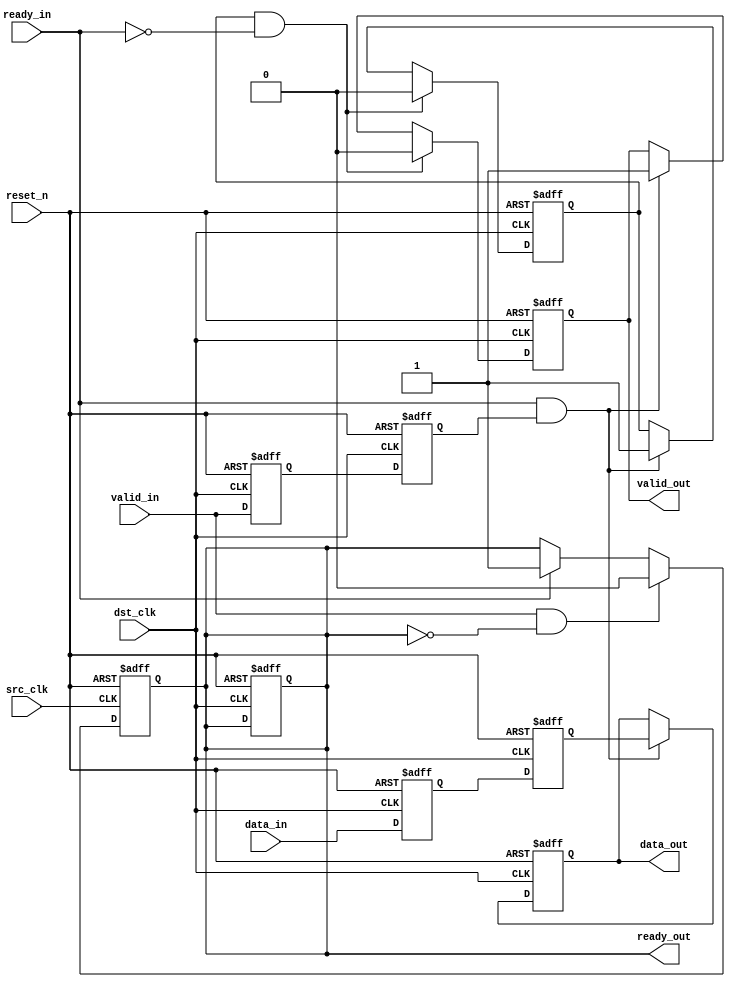
module MemoryBlocksPipelineSynchronizer #(
    parameter DATA_WIDTH = 32,
    parameter NUM_STAGES = 2
)(
    input wire                  src_clk,         // Source Clock
    input wire                  dst_clk,         // Destination Clock
    input wire                  reset_n,         // Active low asynchronous reset
    input wire [DATA_WIDTH-1:0] data_in,        // Data input
    input wire                  valid_in,        // Valid signal from source clock domain
    output reg [DATA_WIDTH-1:0] data_out,       // Synchronized data output
    output reg                  valid_out,       // Valid output signal
    input wire                  ready_in,        // Ready signal from destination clock domain
    output reg                  ready_out        // Ready signal to source clock
);

// Internal signals
reg [DATA_WIDTH-1:0] sync_data [0:NUM_STAGES-1];
reg valid_sync [0:NUM_STAGES-1];
reg new_data_flag;

// Pipeline synchronizers
genvar i;
generate
    for (i = 0; i < NUM_STAGES; i = i + 1) begin : sync_stage
        always @(posedge dst_clk or negedge reset_n) begin
            if (!reset_n) begin
                sync_data[i] <= {DATA_WIDTH{1'b0}};
                valid_sync[i] <= 1'b0;
            end else begin
                if (i == 0) begin
                    // First stage synchronizing from source to destination
                    sync_data[i] <= data_in;
                    valid_sync[i] <= valid_in;
                end else begin
                    // Subsequent stages only propagate the previous stage
                    sync_data[i] <= sync_data[i-1];
                    valid_sync[i] <= valid_sync[i-1];
                end
            end
        end
    end
endgenerate

// Output logic
always @(posedge dst_clk or negedge reset_n) begin
    if (!reset_n) begin
        data_out <= {DATA_WIDTH{1'b0}};
        valid_out <= 1'b0;
        ready_out <= 1'b0;
        new_data_flag <= 1'b0;
    end else begin
        if (ready_in && valid_sync[NUM_STAGES-1]) begin
            data_out <= sync_data[NUM_STAGES-1]; // Get the data from the last stage
            valid_out <= 1'b1; // Indicate that data is valid
            new_data_flag <= 1'b1;
        end
        
        // If data has been consumed, prepare to receive new data
        if (new_data_flag && !ready_in) begin
            valid_out <= 1'b0; // Clear valid output if not ready
            new_data_flag <= 1'b0;
        end
    end
end

always @(posedge src_clk or negedge reset_n) begin
    if (!reset_n) begin
        ready_out <= 1'b1; // Start in ready state
    end else begin
        // Implementing simple ready logic
        if (valid_in && !ready_out) begin
            ready_out <= 1'b0; // Not ready to receive new data until the last data is processed
        end else if (ready_in) begin
            ready_out <= 1'b1; // Ready to receive data if the destination is ready
        end
    end
end

endmodule